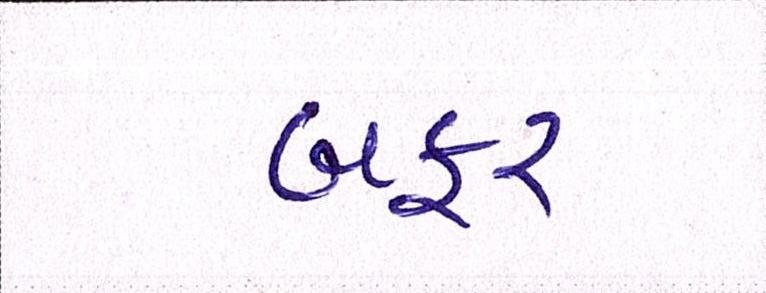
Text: બફર